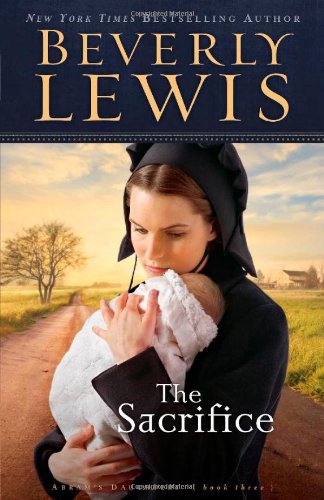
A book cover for The Sacrifice (Abram's Daughters #3); Beverly Lewis; Romance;